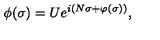
\phi ( \sigma ) = U e ^ { i ( N \sigma + \varphi ( \sigma ) ) } ,